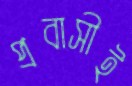
প্রবাসীই